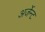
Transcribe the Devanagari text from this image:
अर्जेन्ट